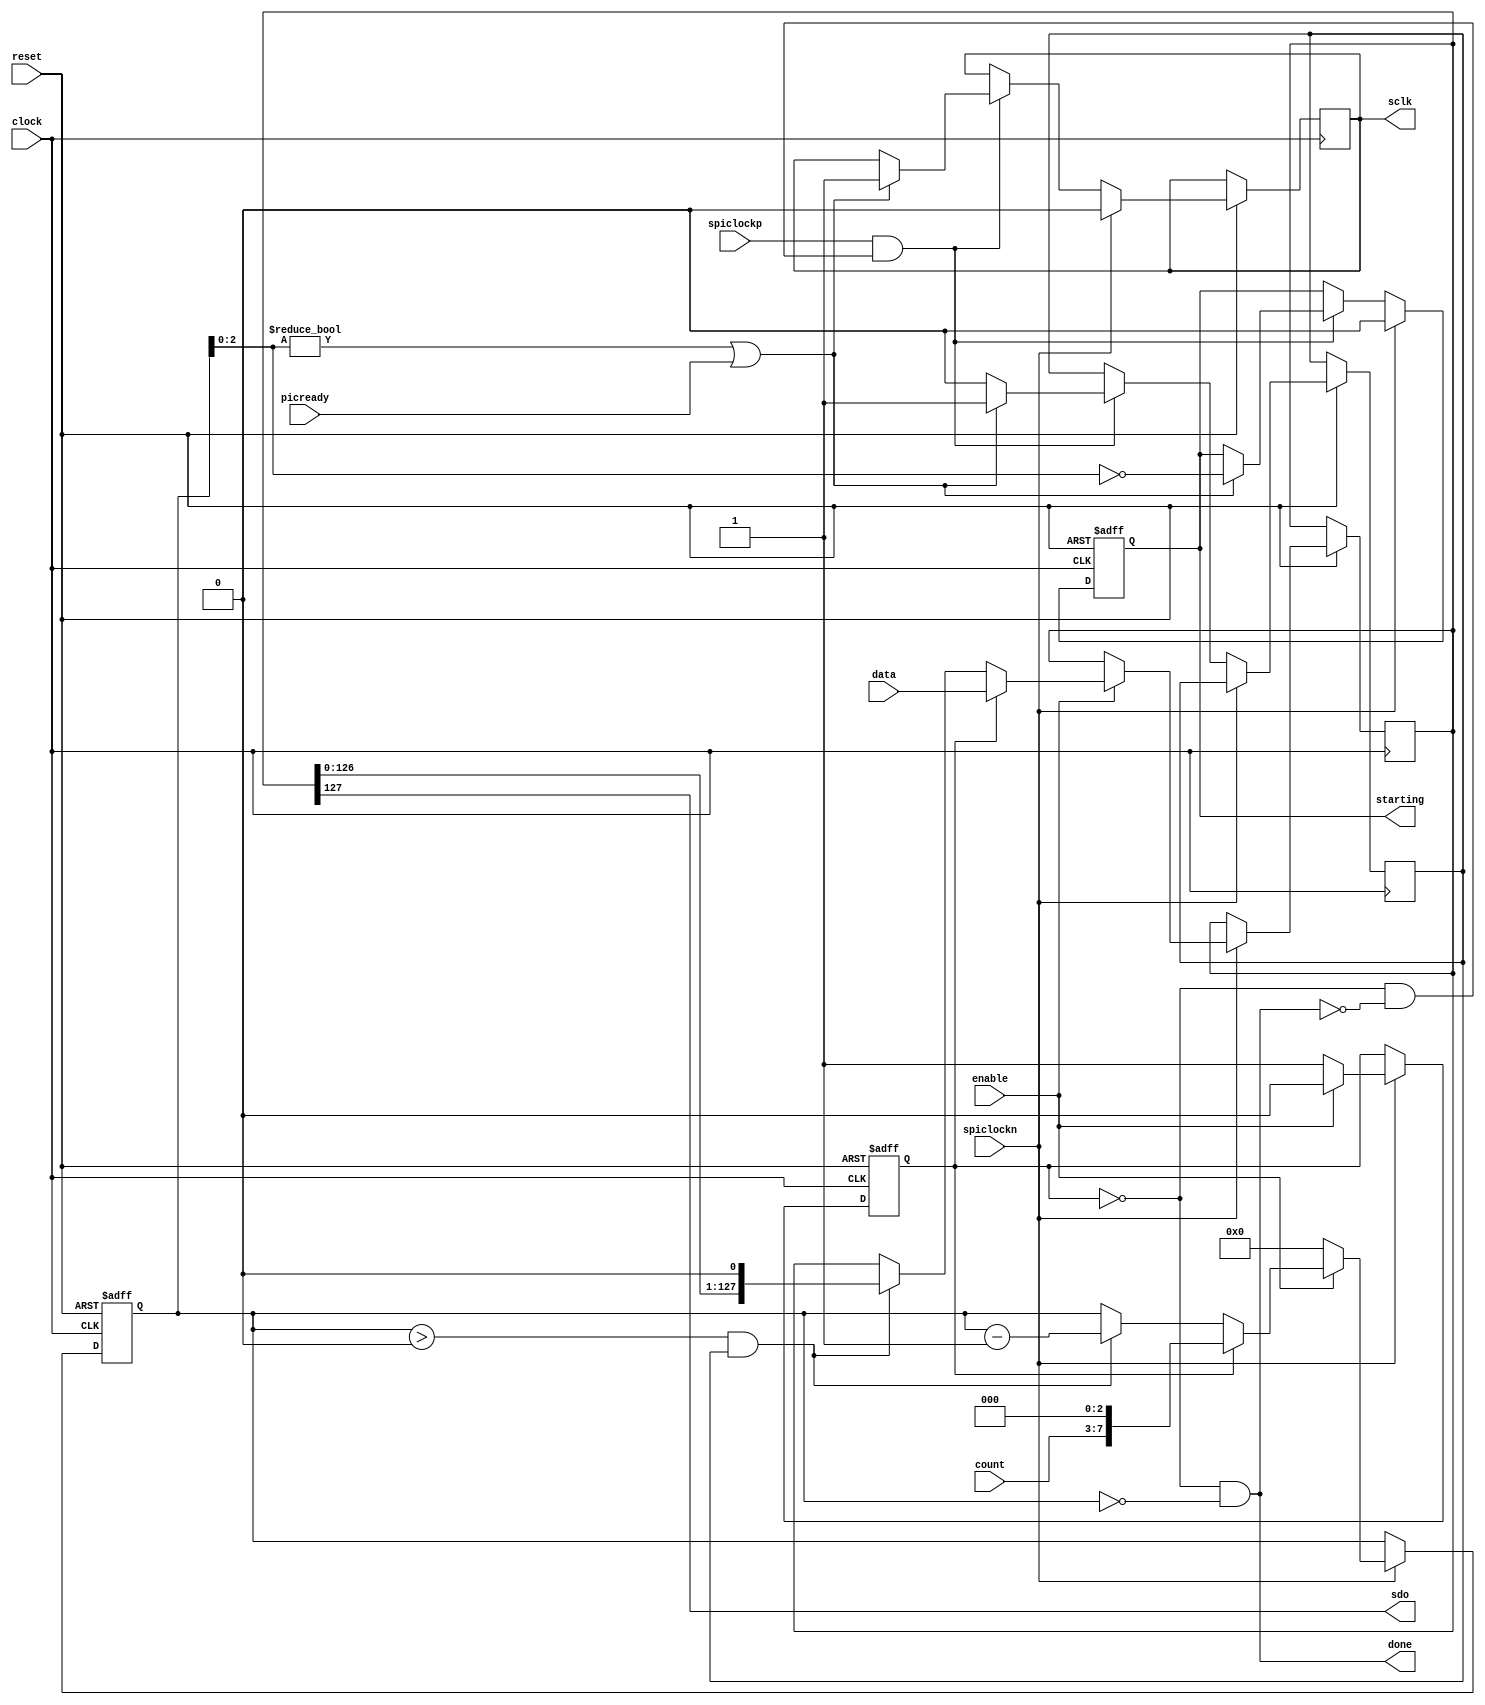
module spi_emit_data (clock, reset, enable,
                       data, count, sclk, sdo, done,
                       spiclockp, spiclockn, picready, starting);
    input clock, spiclockp, spiclockn;
    input reset;
    input [127:0] data;
    input [4:0] count;
    input       enable, picready;
    output      sclk, sdo, done, starting;
    wire   clock, spiclockp, spiclockn;
    wire   enable;
    wire [127:0] data;
    wire [4:0]   count;
    reg          sclk, starting;
    wire         sdo, picready;
    reg [127:0]  latch;
    reg [7:0]    left;
    reg          ready, transmit_next;
    wire         done, transmitting;
    always @(posedge clock or negedge reset)
      if (~reset)
        begin
           ready <= 1;
           left  <= 0;
           starting <= 0;
        end
      else
        begin
           if (spiclockn)
             begin
                sclk     <= 0;
                starting <= 0;
                if (~enable)
                  begin
                     ready <= 1;
                     left  <= 0;
                  end
                else if (ready)
                  begin
                     latch <= data;
                     left  <= {count, 3'b0};
                     ready <= 0;
                  end
                else if (left > 0 && transmit_next)
                  begin
                     latch <= {latch[126:0], 1'b0};
                     left  <= left - 8'd1;
                  end
             end
           else if (spiclockp & transmitting)
             begin
                if (left[2:0] != 3'b000 | picready)
                  begin
                     sclk          <= 1;
                     transmit_next <= 1;
                     starting      <= left[2:0] == 3'b000;
                  end
                else transmit_next <= 0;
             end
        end
    assign done = ~ready & (left == 0);
    assign transmitting = ~ready & ~done;
    assign sdo = latch[127];
endmodule